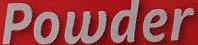
Powder